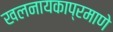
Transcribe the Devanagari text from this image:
खलनायकाप्रमाणे